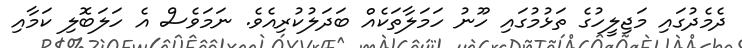
ދެމެދުގައި މަޖިލީހުގެ ތަޅުމުގައި ހޫނު ހަމަލާތަކެއް ބަދަލުކުރިއެވެ. ނަމަވެސް އެ ހަލަބޮލި ކަމާއި